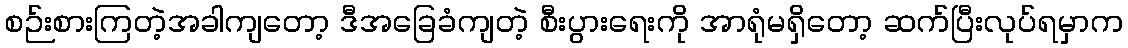
စဉ်းစားကြတဲ့အခါကျတော့ ဒီအခြေခံကျတဲ့ စီးပွားရေးကို အာရုံမရှိတော့ ဆက်ပြီးလုပ်ရမှာက